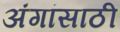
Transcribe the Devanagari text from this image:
अंगांसाठी